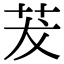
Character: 茇